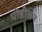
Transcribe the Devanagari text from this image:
पोन्नीलन